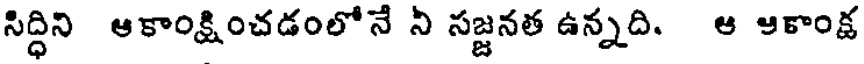
సిద్ధిని ఆకాంక్షించడంలోనే ని సజ్జనత ఉన్నది. ఆ ఆకాంక్ష